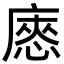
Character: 㥷